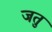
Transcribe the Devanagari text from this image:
जतु